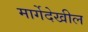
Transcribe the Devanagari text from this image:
मार्गेदेखील